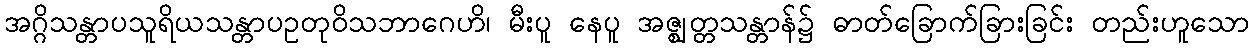
အဂ္ဂိသန္တာပသူရိယသန္တာပဥတုဝိသဘာဂေဟိ၊ မီးပူ နေပူ အဇ္ဈတ္တသန္တာန်၌ ဓာတ်ခြောက်ခြားခြင်း တည်းဟူသော